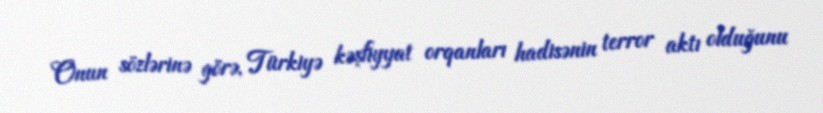
Onun sözlərinə görə, Türkiyə kəşfiyyat orqanları hadisənin terror aktı olduğunu